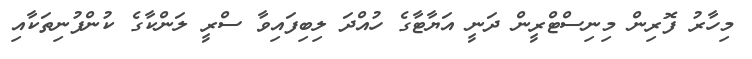
މިހާރު ފޮރިން މިނިސްޓްރީން ދަނީ އަޔާޓާގެ ހުއްދަ ލިބިފައިވާ ސްރީ ލަންކާގެ ކުންފުނިތަކާއި